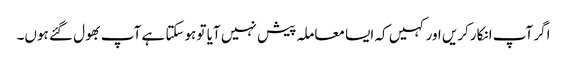
اگر آپ انکارکریں اور کہیں کہ ایسا معاملہ پیش نہیں آیا تو ہوسکتا ہے آپ بھول گئے ہوں۔